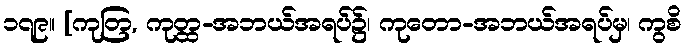
၁၇၉။ [ကုတြ, ကုတ္ထ-အဘယ်အရပ်၌၊ ကုတော-အဘယ်အရပ်မှ၊ ကွစိ